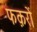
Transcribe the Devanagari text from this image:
फक़रों